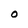
Character: O